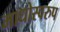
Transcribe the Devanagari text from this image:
माधोस्वरुप